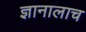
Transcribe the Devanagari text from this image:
ज्ञानालाच